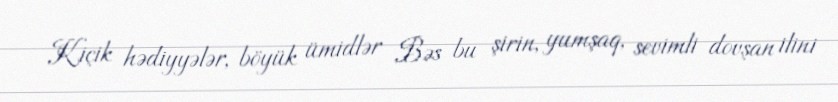
Kiçik hədiyyələr, böyük ümidlər Bəs bu şirin, yumşaq, sevimli dovşan ilini